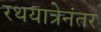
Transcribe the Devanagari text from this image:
रथयात्रेनंतर